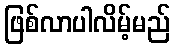
ဖြစ်လာပါလိမ့်မည်